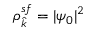
\rho _ { \hat { k } } ^ { s f } = | \psi _ { 0 } | ^ { 2 }